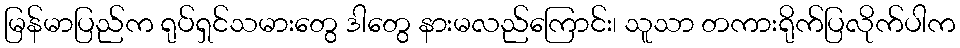
မြန်မာပြည်က ရုပ်ရှင်သမားတွေ ဒါတွေ နားမလည်ကြောင်း၊ သူသာ တကားရိုက်ပြလိုက်ပါက